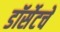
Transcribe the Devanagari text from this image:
डॉर्सेटचे